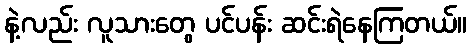
နဲ့လည်း လူသားတွေ ပင်ပန်း ဆင်းရဲနေကြတယ်။